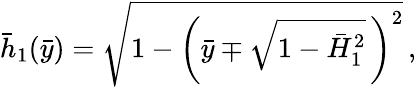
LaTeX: \bar{h}_{1}(\bar{y})=\sqrt{1-\left(\bar{y}\mp\sqrt{1-\bar{H}_{1}^{2}}\, \right)^{2}}\, ,